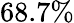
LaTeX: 68.7\%